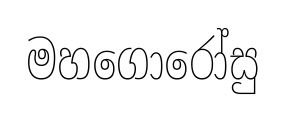
මහගොරෝසු